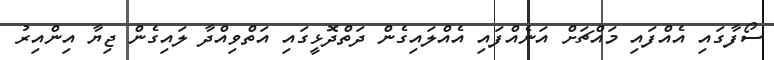
ސޯފާގައި އެއްފައި މައްޗަށް އަނެއްފައި އެއްލައިގެން ދަތްދޮޅީގައި އަތްވިއްދާ ލައިގެން ޖިޔާ އިންއިރު